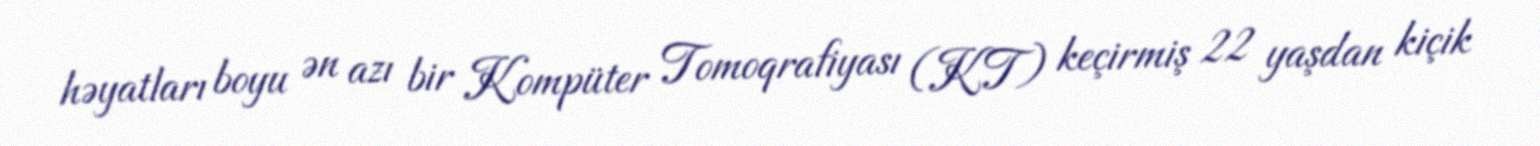
həyatları boyu ən azı bir Kompüter Tomoqrafiyası (KT) keçirmiş 22 yaşdan kiçik